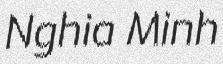
Nghia Minh